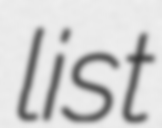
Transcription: list